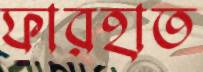
ফারহাত